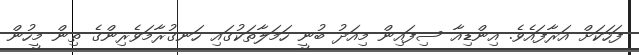
ފަހަކަށް އަރާފައެވެ. އިންޑިއާ ސިފައިން މިއަދު ބުނީ ހަމަލާތަކުގައި ހަނގުރާމަވެރިންގެ ތިން މީހުން